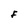
Character: F